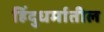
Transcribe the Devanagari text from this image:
हिंदुधर्मातील